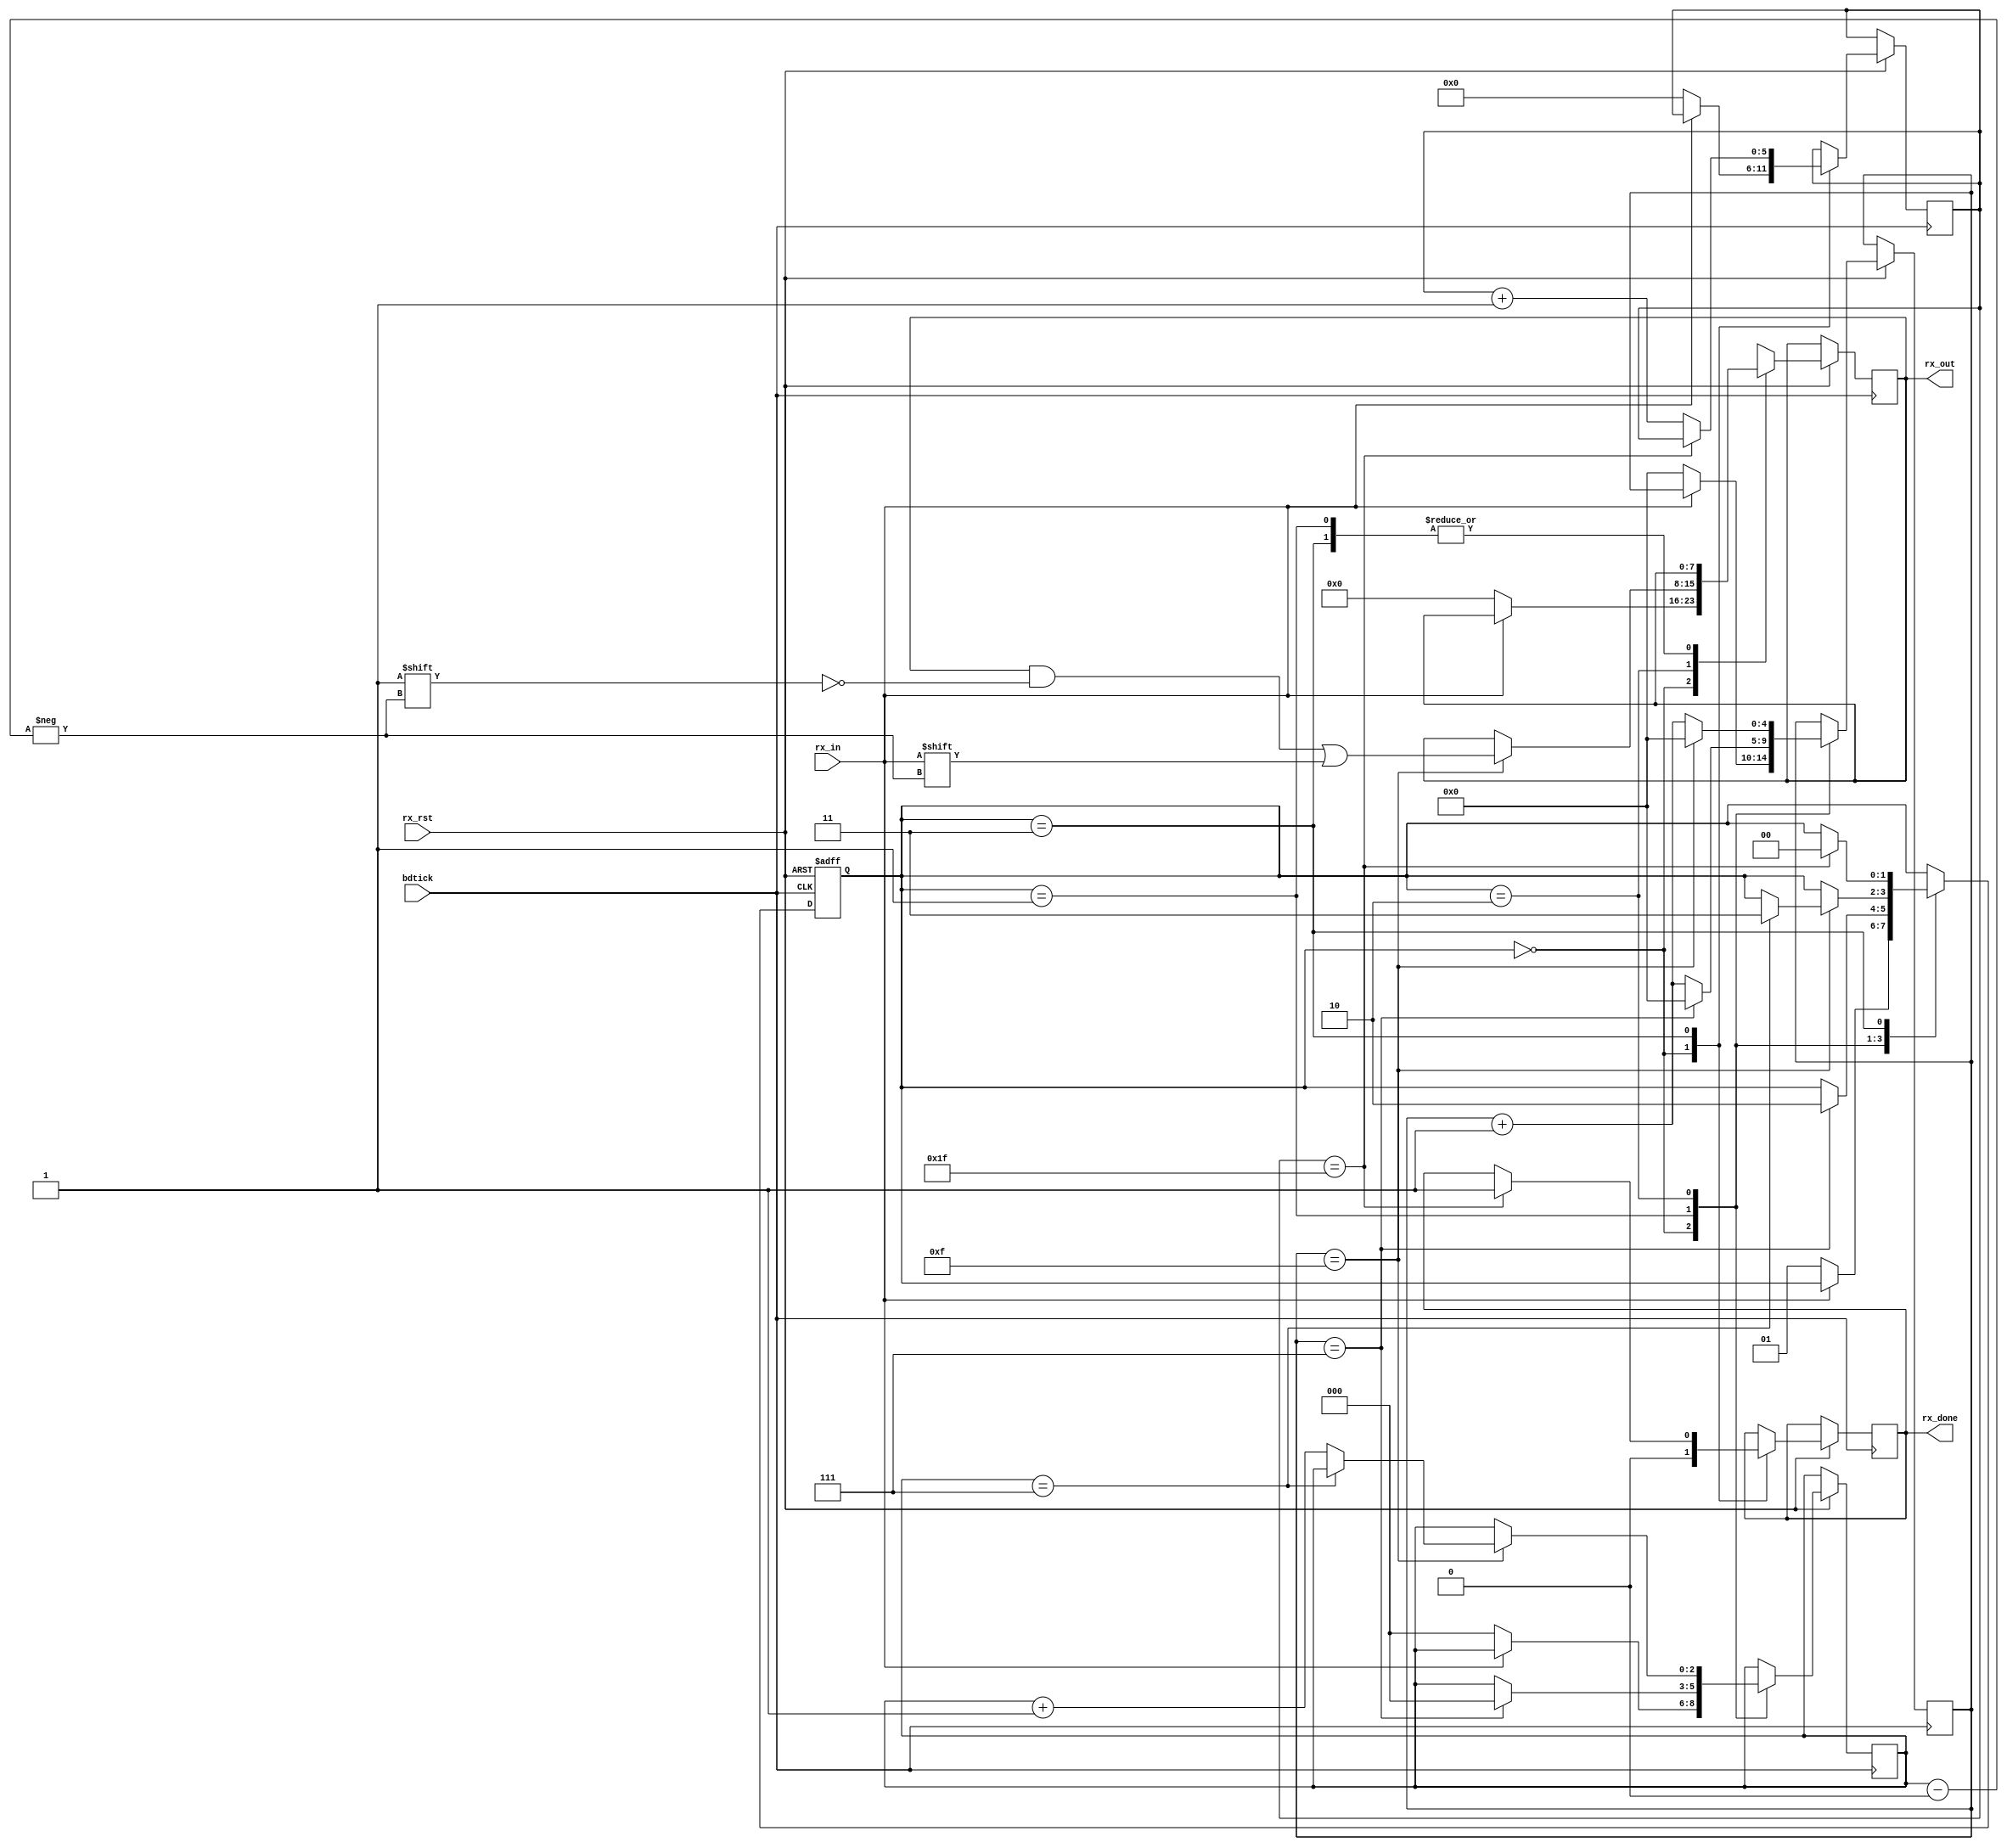
module rx #(parameter NBITS = 8, parameter NTICKB = 16)(
input	bdtick, rx_in, rx_rst,
	
output reg rx_done,
output reg [NBITS - 1 :0] rx_out 
);


localparam IDLE = 0, START = 1, DATA = 2, STOP = 3;
localparam MIDDLEB = 7;


reg [$clog2(NBITS) - 1 :0] i;
reg [$clog2(NTICKB) :0]		s;
reg [$clog2(NTICKB*2) :0] nstop;
reg [1:0] state;


always @ (posedge bdtick or negedge rx_rst) begin
	if (!rx_rst)
		state <= IDLE;
	else
		case (state)
			IDLE:
				//IDLE body
				if(!rx_in)
					begin
					s <= 0;
					i <= 0;
					nstop <= 0;
					rx_out <= 8'd0;
					rx_done <= 1'b0;
					state <= START;
					end
				else
					rx_done <= 1'b0;
			START:
				//IDLE body
				if(s==MIDDLEB)
				begin
					s <= 0;
					i <= 0;
					state <= DATA;
				end
				else
					s <= s + 1'b1;
			DATA:
				//IDLE body
				if(s==(NTICKB-1))
					begin
					s <= 0;
					rx_out[i] <= rx_in;
					if(i==(NBITS-1))
						begin
						state <= STOP;
						end
					else
						begin
						i <= i + 1'b1;
						end
					end
				else
					begin
					s <= s + 1'b1;
					end
			STOP:
				//IDLE body
				if(nstop==(NTICKB*2)-1)
					begin
						rx_done <= 1'b1;
						state <= IDLE;
					end
				else
					begin
						nstop <= nstop + 1'b1;
					end
		endcase
end

endmodule